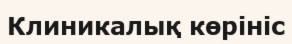
Клиникалық көрініс